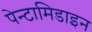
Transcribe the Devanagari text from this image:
पेन्टामिडाइन